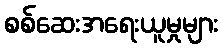
စစ်ဆေးအရေးယူမှုများ